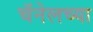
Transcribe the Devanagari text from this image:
चॅनेलच्या